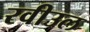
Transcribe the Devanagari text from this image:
रवीउल